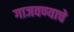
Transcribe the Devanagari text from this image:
गाजवण्याचे